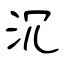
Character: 沉